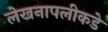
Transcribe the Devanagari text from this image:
लेखनापलीकडे